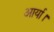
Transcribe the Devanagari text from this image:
आर्या।